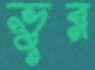
ভুর